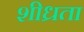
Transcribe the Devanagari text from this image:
शीध्रता